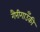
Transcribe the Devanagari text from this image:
गैरीगाउँकी